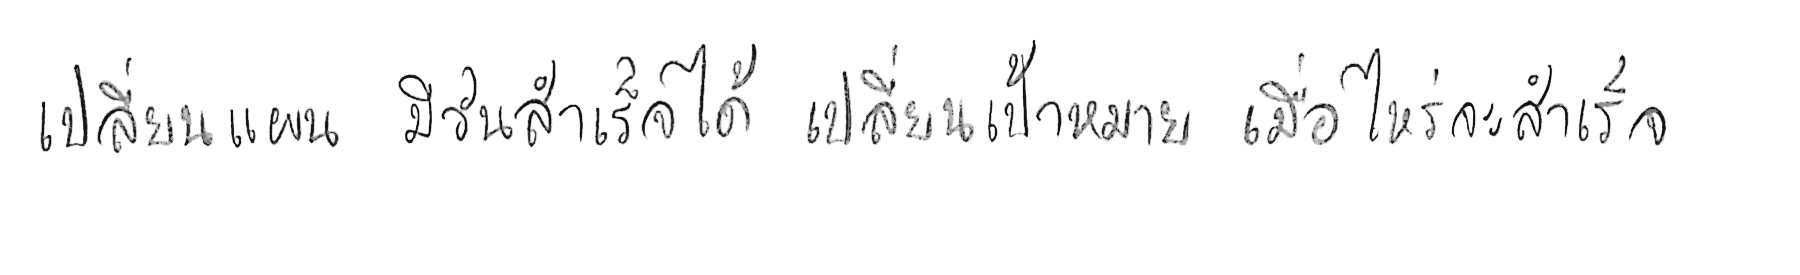
เปลี่ยนแผน มีวันสำเร็จได้ เปลี่ยนเป้าหมาย เมื่อไหร่จะสำเร็จ